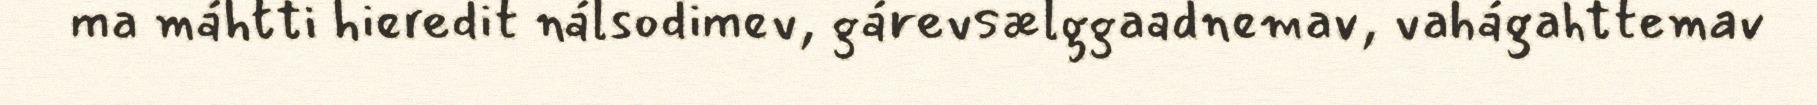
ma máhtti hieredit nálsodimev, gárevsælggaadnemav, vahágahttemav